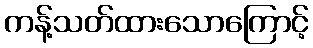
ကန့်သတ်ထားသောကြောင့်